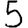
Digit: 5